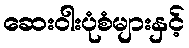
ဆေးဝါးပုံစံများနှင့်